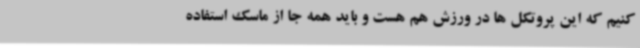
کنیم که این پروتکل ها در ورزش هم هست و باید همه جا از ماسک استفاده